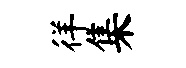
徉集